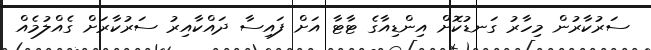
ސަރުކާރުން މިހާރު ގަނޑުކޮށް އިންޑިއާގެ ޓާޓާ އަށް ފައިސާ ދައްކާއިރު ސަރުކާރަށް ގެއްލުމެއް